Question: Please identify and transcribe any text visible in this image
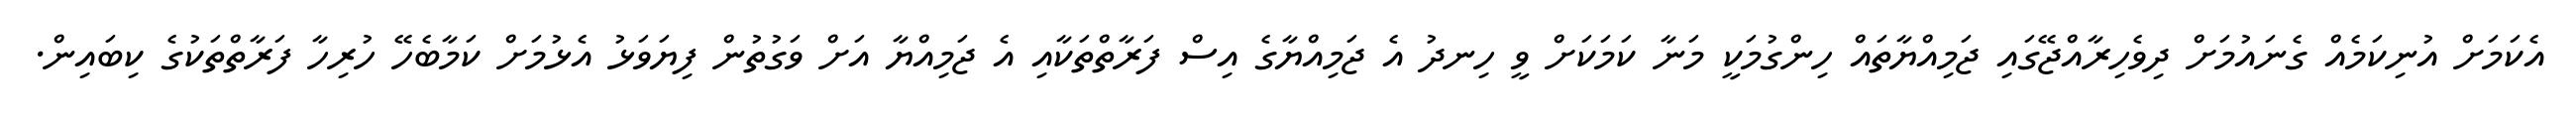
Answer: އެކަމަށް އުނިކަމެއް ގެނައުމަށް ދިވެހިރާއްޖޭގައި ޖަމިއްޔާތައް ހިންގުމަކީ މަނާ ކަމަކަށް ވީ ހިނދު އެ ޖަމިއްޔާގެ އިސް ފަރާތްތަކާއި އެ ޖަމިއްޔާ އަށް ވަގުތުން ފިޔަވަޅު އެޅުމަށް ކަމާބެހޭ ހުރިހާ ފަރާތްތަކުގެ ކިބައިން.